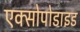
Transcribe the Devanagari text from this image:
एक्सोपोडाइड